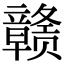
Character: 赣